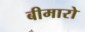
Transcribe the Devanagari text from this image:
बीमारो